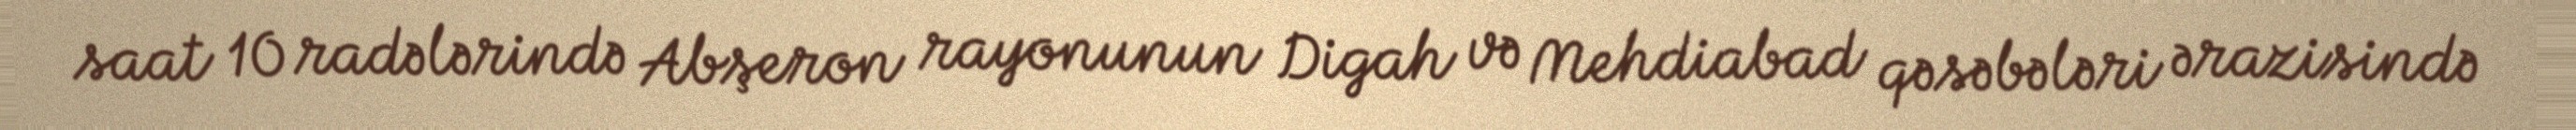
saat 10 radələrində Abşeron rayonunun Digah və Mehdiabad qəsəbələri ərazisində